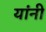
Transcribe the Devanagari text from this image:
यांंनी